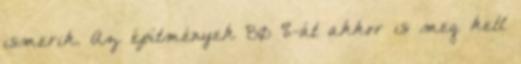
ismerik. Az építmények 80 %-át akkor is meg kell